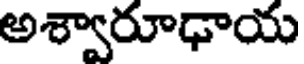
అశ్వారూఢాయ